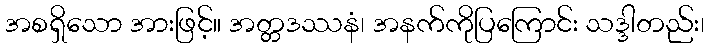
အစရှိသော အားဖြင့်။ အတ္တဒဿနံ၊ အနက်ကိုပြကြောင်း သဒ္ဒါတည်း၊